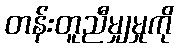
တန်းတူညီမျှမှုကို